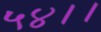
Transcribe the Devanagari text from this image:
५४।।